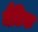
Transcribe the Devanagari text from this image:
नैटिक